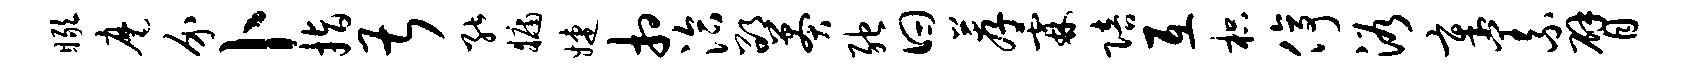
瞰麾介卜指甚能牖婕相洽邵莽弛曰荐霖陪互枳停浴章义臂